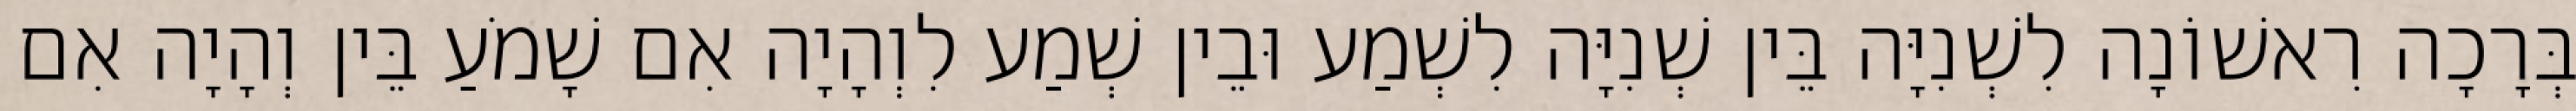
בְּרָכָה רִאשׁוֹנָה לִשְׁנִיָּה בֵּין שְׁנִיָּה לִשְׁמַע וּבֵין שְׁמַע לִוְהָיָה אִם שָׁמֹעַ בֵּין וְהָיָה אִם